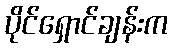
ပိုင်ရှောင်ချန်းက